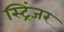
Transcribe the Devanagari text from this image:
स्ट्रिंजर